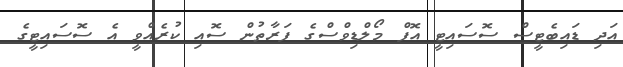
އަދި ޑައިބެޓީސް ސޮސައިޓީ އޮފް މޯލްޑިވްސްގެ ފަރާތުން ސޮއި ކުރެއްވީ އެ ސޮސައިޓީގެ